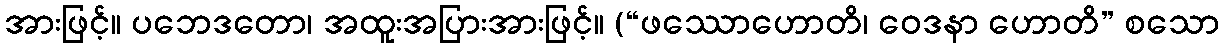
အားဖြင့်။ ပဘေဒတော၊ အထူးအပြားအားဖြင့်။ (“ဖဿောဟောတိ၊ ဝေဒနာ ဟောတိ” စသော